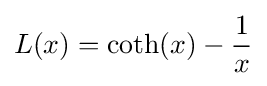
L(x)=\coth(x)-{\frac {1}{x}}